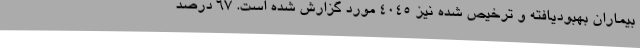
بیماران بهبودیافته و ترخیص شده نیز 4045 مورد گزارش شده است. 67 درصد